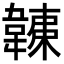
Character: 𩏏